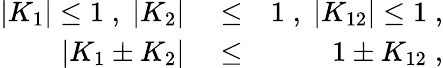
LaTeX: \begin{array}{rlr}{|K_{1}|\le 1\; ,\; |K_{2}|}&{{}\le}&{1\; ,\; |K_{12}|\le 1\; ,}\\ {\vert K_{1}\pm K_{2}\vert}&{{}\le}&{1\pm K_{12}\; ,}\end{array}